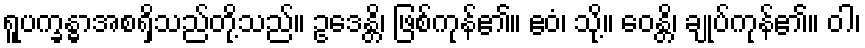
ရူပက္ခန္ဓာအစရှိသည်တို့သည်။ ဥဒေန္တိ၊ ဖြစ်ကုန်၏။ ဧဝံ၊ သို့။ ဝေန္တိ၊ ချုပ်ကုန်၏။ ဝါ၊